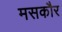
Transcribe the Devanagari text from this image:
मसकौर